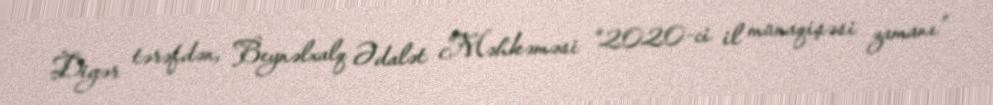
Digər tərəfdən, Beynəlxalq Ədalət Məhkəməsi “2020-ci il münaqişəsi zamanı”